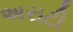
અરાટી